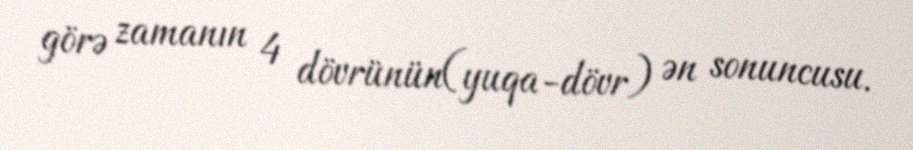
görə zamanın 4 dövrünün(yuqa-dövr) ən sonuncusu.